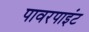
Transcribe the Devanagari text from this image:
पावरपाइंट